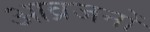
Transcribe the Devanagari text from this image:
आव्रजनों